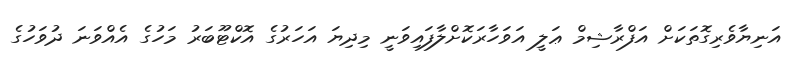
އަނިޔާވެރިގޮތަކަށް އަފްރާޝިމް ޢަލީ އަވަހާރަކޮށްލާފައިވަނީ މިދިޔަ އަހަރުގެ އޮކްޓޫބަރު މަހުގެ އެއްވަނަ ދުވަހުގެ